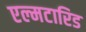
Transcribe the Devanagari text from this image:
एल्मटारिड